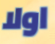
اولا